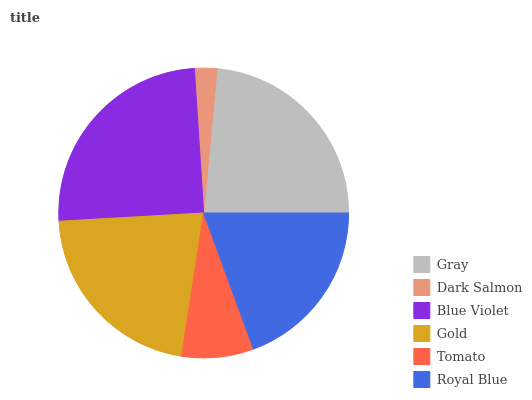
| Gray | Dark Salmon | Blue Violet | Gold | Tomato | Royal Blue |
 | --- | --- | --- | --- | --- | --- |
 | 23.6% | 2.5% | 24.8% | 21.7% | 8.01% | 19.4% |